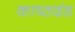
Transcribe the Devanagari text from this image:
काष्ठदंड